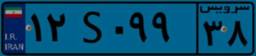
۱۲S۰۹۹۳۸